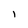
Character: i